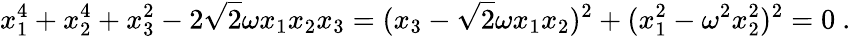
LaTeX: x_{1}^{4}+x_{2}^{4}+x_{3}^{2}-2\sqrt{2}\omega x_{1}x_{2}x_{3}=(x_{3}-\sqrt{2}\omega x_{1}x_{2})^{2}+(x_{1}^{2}-\omega^{2}x_{2}^{2})^{2}=0\ .